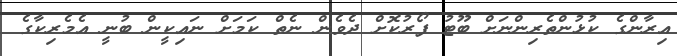
އިރާންގެ ކުޅުންތެރިންނަށް ބޫޓު ފޯރުކޮށް ދެވެން ނެތް ކަމަށް ނައިކީން ބުނީ އެމެރިކާގެ